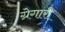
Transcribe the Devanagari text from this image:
ग्रेगारी